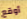
أوقع